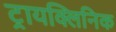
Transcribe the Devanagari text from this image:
ट्रायक्लिनिक